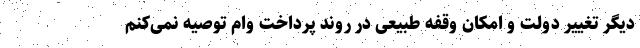
دیگر تغییر دولت و امکان وقفه طبیعی در روند پرداخت وام توصیه نمی‌کنم